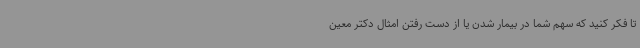
تا فکر کنید که سهم شما در بیمار شدن یا از دست رفتن امثال دکتر معین